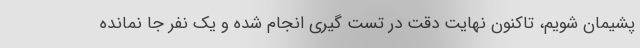
پشیمان شویم، تاکنون نهایت دقت در تست گیری انجام شده و یک نفر جا نمانده